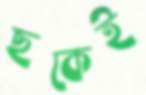
ছকেই